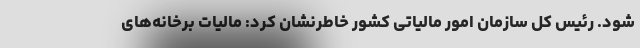
شود. رئیس کل سازمان امور مالیاتی کشور خاطرنشان کرد: مالیات برخانه‌های